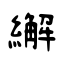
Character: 繲